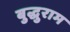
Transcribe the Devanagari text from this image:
बुद्धुराम